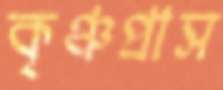
কৃঞ্চপ্রাস